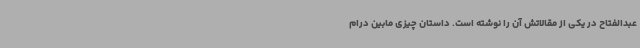
عبدالفتاح در یکی از مقالاتش آن را نوشته است. داستان چیزی مابین درام